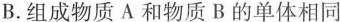
B.组成物质A和物质B的单体相同